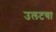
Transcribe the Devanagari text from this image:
उलटया